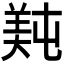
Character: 𬙴